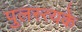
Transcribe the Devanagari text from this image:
पुलस्त्यके